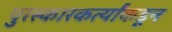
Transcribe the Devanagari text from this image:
पुरस्कारकर्त्यांकडून